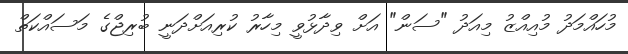
މުހައްމަދު މުއިއްޒު މިއަދު "ސަން" އަށް ވިދާޅުވީ މިހާރު ކުރިއަށްދަނީ ބުރިޖްގެ މަސައްކަތް